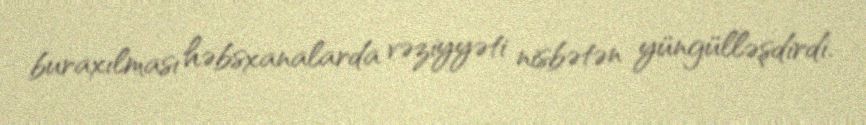
buraxılması həbsxanalarda vəziyyəti nisbətən yüngülləşdirdi.